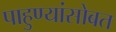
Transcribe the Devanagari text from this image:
पाहुण्यांसोबत